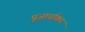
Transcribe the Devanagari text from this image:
पूजार्चाकर